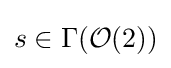
s\in \Gamma ({\mathcal {O}}(2))